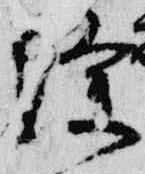
除